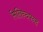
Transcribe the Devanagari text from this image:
मिलिन्दपन्ह